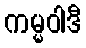
ကမ္မဝါဒီ